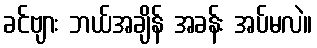
ခင်ဗျား ဘယ်အချိန် အခန်း အပ်မလဲ။